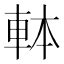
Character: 𰹍